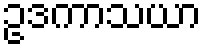
ဥဒကာသယာ